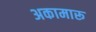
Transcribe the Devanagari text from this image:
अकामारू